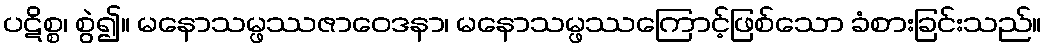
ပဋိစ္စ၊ စွဲ၍။ မနောသမ္ဖဿဇာဝေဒနာ၊ မနောသမ္ဖဿကြောင့်ဖြစ်သော ခံစားခြင်းသည်။